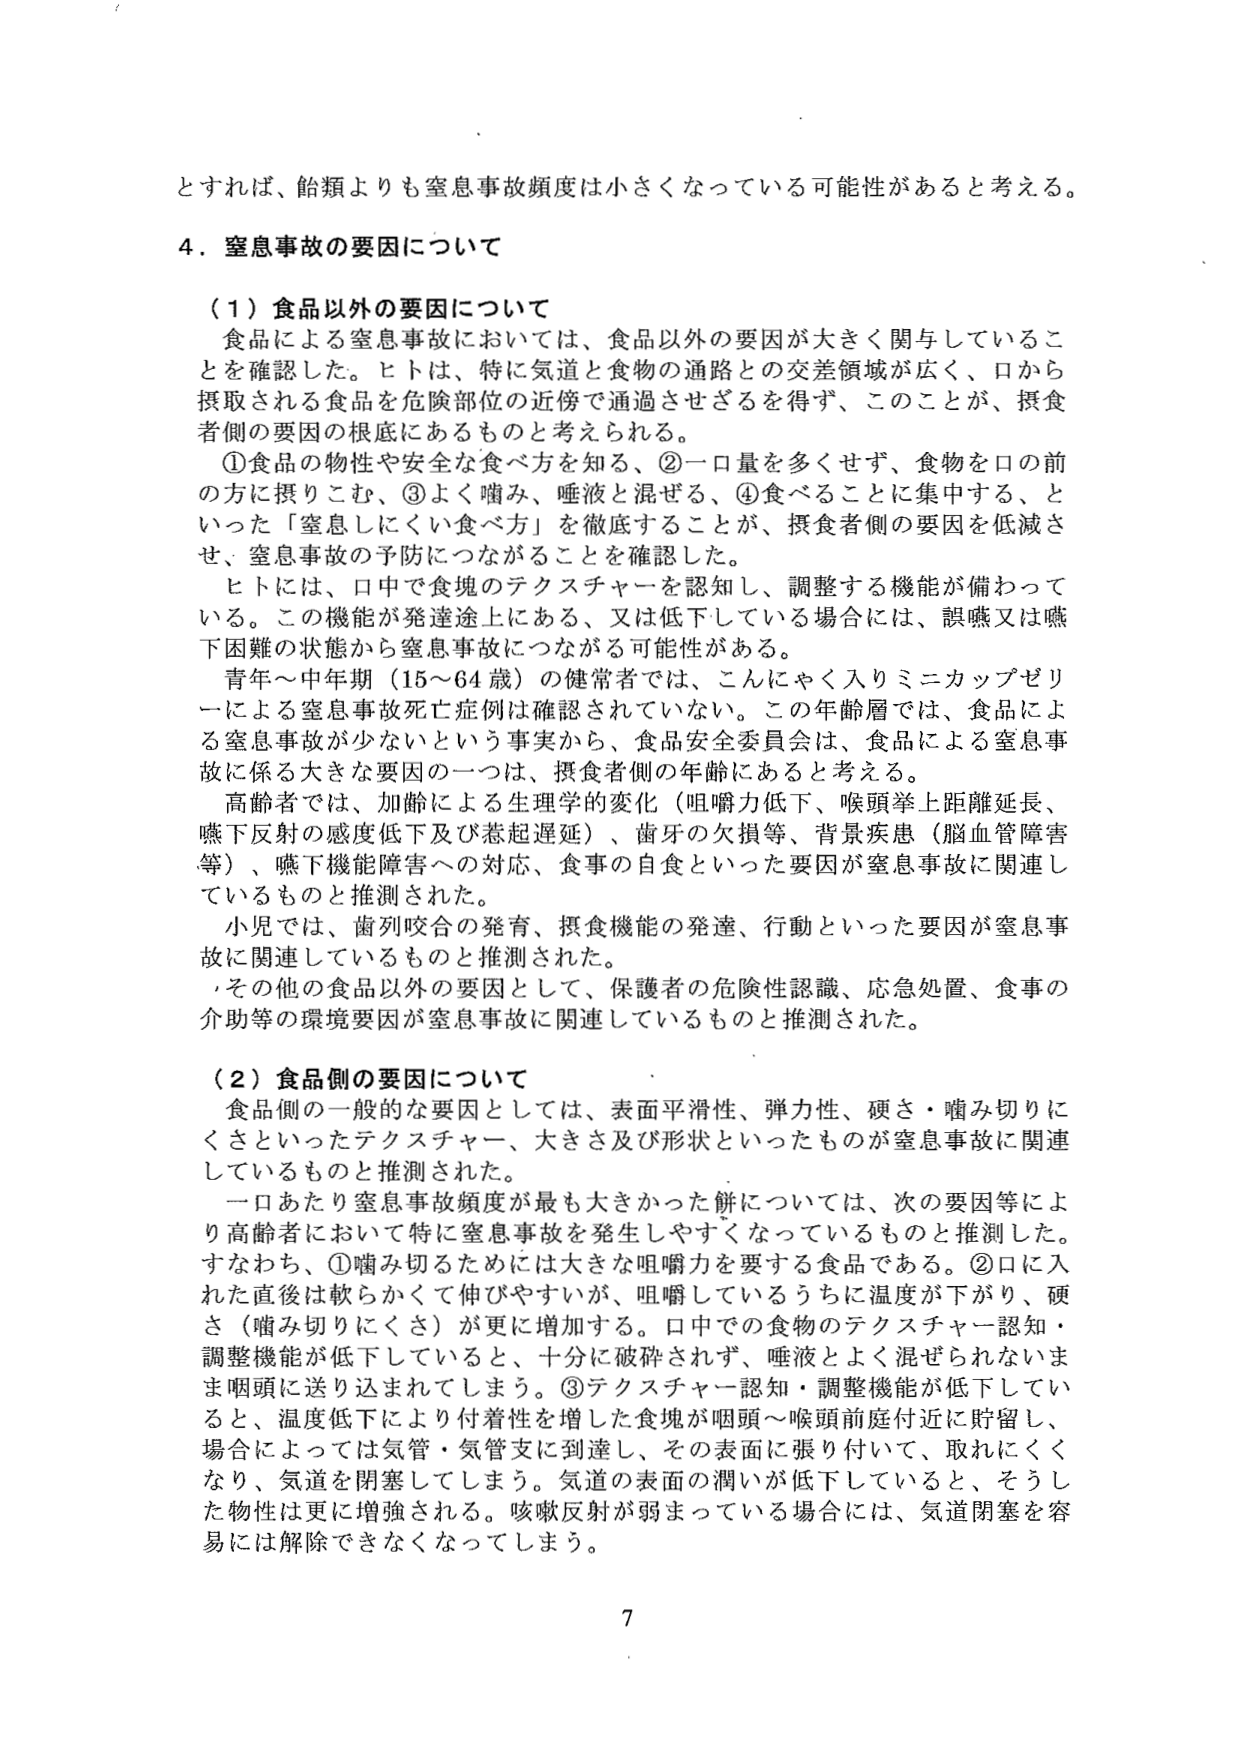
とすれば、飴類よりも窒息事故頻度は小さくなっている可能性があると考える。

4．窒息事故の要因について

（1）食品以外の要因について
食品による窒息事故においては、食品以外の要因が大きく関与していることを確認した。ヒトは、特に気道と食物の通路との交差領域が広く、口から摂取される食品を危険部位の近傍で通過させざるを得ず、このことが、摂食者側の要因の根底にあるものと考えられる。
①食品の物性や安全な食べ方を知る、②一口量を多くせず、食物を口の前の方に摂りこむ、③よく噛み、唾液と混ぜる、④食べることに集中する、といった「窒息しにくい食べ方」を徹底することが、摂食者側の要因を低減させ、窒息事故の予防につながることを確認した。
ヒトには、口中で食塊のテクスチャーを認知し、調整する機能が備わっている。この機能が発達途上にある、又は低下している場合には、誤嚥又は嚥下困難の状態から窒息事故につながる可能性がある。
青年～中年期（15～64歳）の健常者では、こんにゃく入りミニカップゼリーによる窒息事故死亡症例は確認されていない。この年齢層では、食品による窒息事故が少ないという事実から、食品安全委員会は、食品による窒息事故に係る大きな要因の一つは、摂食者側の年齢にあると考える。
高齢者では、加齢による生理学的変化（咀嚼力低下、喉頭挙上距離延長、嚥下反射の感度低下及び惹起遅延）、歯牙の欠損等、背景疾患（脳血管障害等）、嚥下機能障害への対応、食事の自食といった要因が窒息事故に関連しているものと推測された。
小児では、歯列咬合の発育、摂食機能の発達、行動といった要因が窒息事故に関連しているものと推測された。
その他の食品以外の要因として、保護者の危険性認識、応急処置、食事の介助等の環境要因が窒息事故に関連しているものと推測された。

（2）食品側の要因について
食品側の一般的な要因としては、表面平滑性、弾力性、硬さ・噛み切りにくさといったテクスチャー、大きさ及び形状といったものが窒息事故に関連しているものと推測された。
一口あたり窒息事故頻度が最も大きかった餅については、次の要因等により高齢者において特に窒息事故を発生しやすくなっているものと推測した。すなわち、①噛み切るために大きな咀嚼力を要する食品である。②口に入れた直後は軟らかくて伸びやすいが、咀嚼しているうちに温度が下がり、硬さ（噛み切りにくさ）が更に増加する。口中での食物のテクスチャー認知・調整機能が低下していると、十分に破砕されず、唾液とよく混ぜられないまま咽頭に送り込まれてしまう。③テクスチャー認知・調整機能が低下していると、温度低下により付着性を増した食塊が咽頭～喉頭前庭付近に貯留し、場合によっては気管・気管支に到達し、その表面に張り付いて、取れにくくなり、気道を閉塞してしまう。気道の表面の潤いが低下していると、そうした物性は更に増強される。咳嗽反射が弱まっている場合には、気道閉塞を容易には解除できなくなってしまう。

7